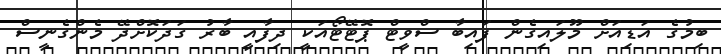
ބިމުގެ އަޑިއަށް މޫލައިގެން ފައިބާ ސްވީޓް ޕޮޓޭޓޯއަކީ ދިފާއީ ބާރު ގަދަކޮށްދޭ މެންގެނީސް